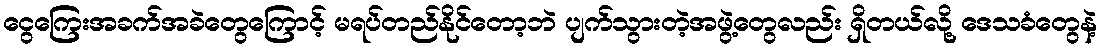
ငွေကြေးအခက်အခဲတွေကြောင့် မရပ်တည်နိုင်တော့ဘဲ ပျက်သွားတဲ့အဖွဲ့တွေလည်း ရှိတယ်လို့ ဒေသခံတွေနဲ့